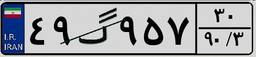
۳۴گ۸۱۶۳۱